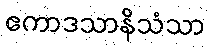
ဧကာဒသာနိသံသာ